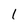
Character: l